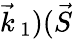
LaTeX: \vec{k}_{\, 1})(\vec{S}